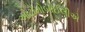
ઓટોમોબાઈલીએ